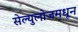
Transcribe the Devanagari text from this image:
सेल्युलोजमधून